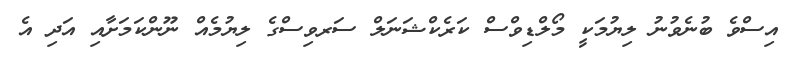
އިސްވެ ބުނެވުނު ލިޔުމަކީ މޯލްޑިވްސް ކަރެކްޝަނަލް ސަރވިސްގެ ލިޔުމެއް ނޫންކަމަށާއި އަދި އެ